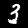
Digit: 3